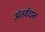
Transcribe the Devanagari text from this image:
अंतवेंधन